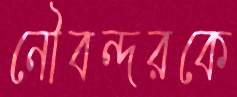
নৌবন্দরকে